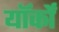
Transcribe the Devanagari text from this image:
यॉर्कों